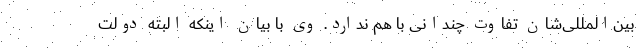
بین‌المللی‌شان تفاوت چندانی با هم ندارد. وی با بیان اینکه البته دولت